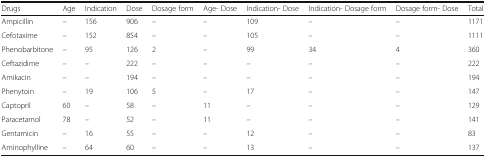
| Drugs | Age | Indication | Dose | Dosage form | Age- Dose | Indication- Dose | Indication- Dosage form | Dosage form- Dose | Total |
 | --- | --- | --- | --- | --- | --- | --- | --- | --- | --- |
 | Ampicillin | – | 156 | 906 | – | – | 109 | – | – | 1171 |
 | Cefotaxime | – | 152 | 854 | – | – | 105 | – | – | 1111 |
 | Phenobarbitone | – | 95 | 126 | 2 | – | 99 | 34 | 4 | 360 |
 | Ceftazidime | – | – | 222 | – | – | – | – | – | 222 |
 | Amikacin | – | – | 194 | – | – | – | – | – | 194 |
 | Phenytoin | – | 19 | 106 | 5 | – | 17 | – | – | 147 |
 | Captopril | 60 | – | 58 | – | 11 | – | – | – | 129 |
 | Paracetamol | 78 | – | 52 | – | 11 | – | – | – | 141 |
 | Gentamicin | – | 16 | 55 | – | – | 12 | – | – | 83 |
 | Aminophylline | – | 64 | 60 | – | – | 13 | – | – | 137 |